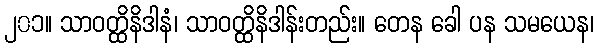
၂၀၁။ သာဝတ္ထိနိဒါနံ၊ သာဝတ္ထိနိဒါန်းတည်း။ တေန ခေါ ပန သမယေန၊